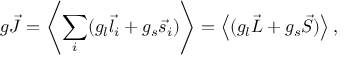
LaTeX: g { \vec { J } } = \left\langle \sum _ { i } ( g _ { l } { \vec { l _ { i } } } + g _ { s } { \vec { s _ { i } } } ) \right\rangle = \left\langle ( g _ { l } { \vec { L } } + g _ { s } { \vec { S } } ) \right\rangle ,